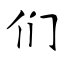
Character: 们